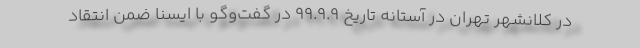
در کلانشهر تهران در آستانه تاریخ 99.9.9 در گفت‌وگو با ایسنا ضمن انتقاد